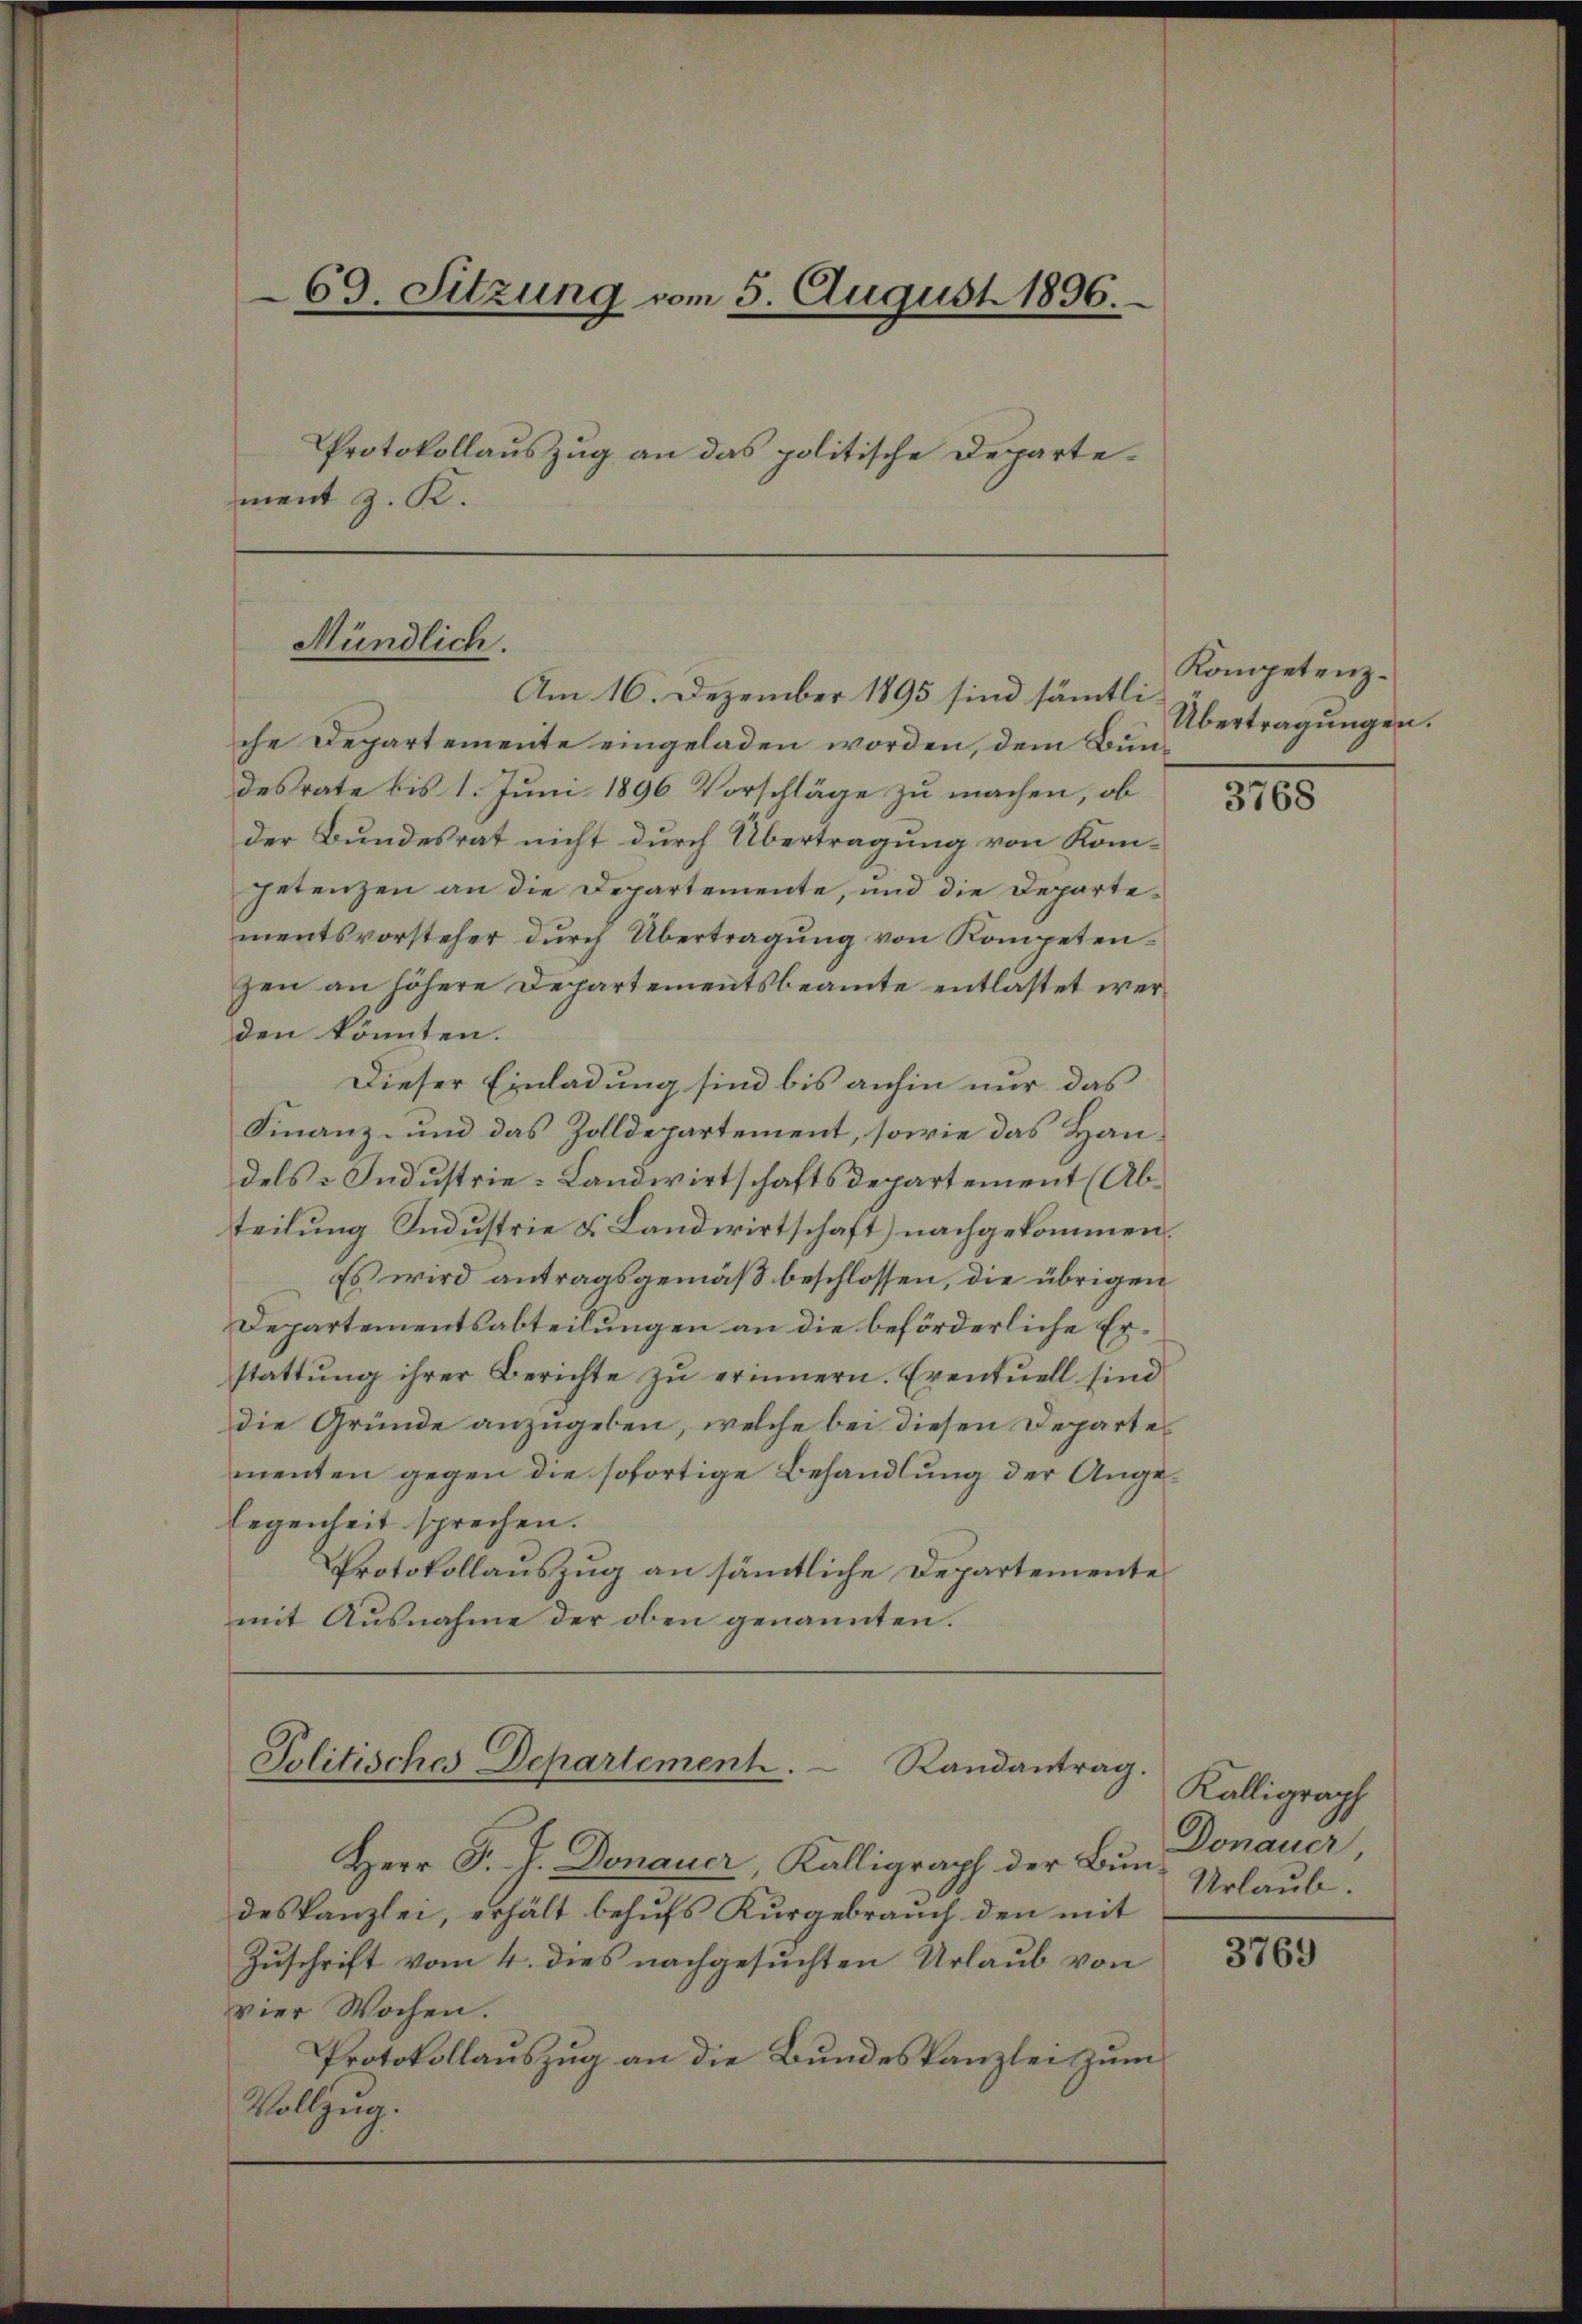
69. Sitzung vom 5. August 1896.
Protokollauszug an das politische Departement z. K.

che Departemente eingeladen worden, dem Bundesrate bis 1. Juni 1896 Vorschläge zu machen, ob
der Bundesrat nicht durch Übertragung von Kompetenzen an die Departemente, und die Departementsvorsteher dŭrch Übertragung von Kompetenzen an höhere Departementsbeamte entlastet werden könnten.
Dieser Einladung sind bis anhin nur das
Finanz- und das Zolldepartement, sowie das Handels Industrie-Landwirtschaftsdepartement (Abteilung Industrie & Landwirtschaft) nachgekommen.
Es wird antragsgemäß beschlossen, die übrigen
Departementsabteilungen an die beförderliche Erstattung ihrer Berichte zu erinnern. Eventuell sind
die Gründe anzugeben, welche bei diesen Departes
menten gegen die sofortige Behandlung der Angelegenheit sprechen.
Protokollauszug an sämmtliche Departemente
mit Ausnahme der oben genannten.

Mündlich.
Am 16. Dezember 1895 sind sämmtli

Politisches Departement.  Randantrag.

Herr P. J. Donauer, Kalligraph der Bundeskanzlei, erhält behufs Kurgebrauch den mit
Zuschrift vom 4. dies nachgesuchten Urlaub von
vier Wochen.
Protokollauszug an die Bundeskanzlei zum
Vollzug.

Kompetenz¬
Übertragungen.

3768

Källigraph
Donauer
Urlaub.

3769